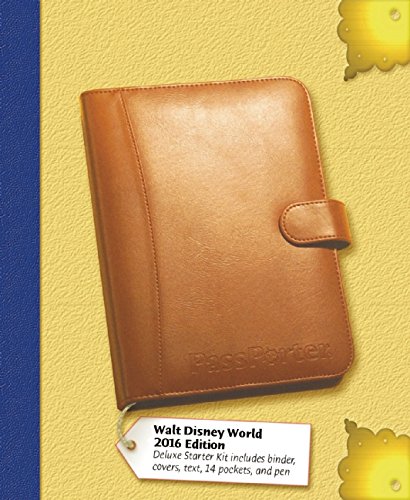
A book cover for PassPorter's Walt Disney World 2016 Deluxe; Jennifer Marx; Travel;